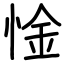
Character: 惍